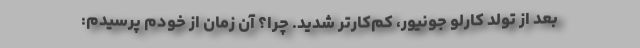
بعد از تولد کارلو جونیور، کم‌کارتر شدید. چرا؟ آن زمان از خودم پرسیدم: